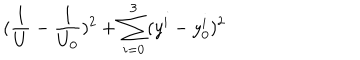
( \frac { 1 } { U } - \frac { 1 } { U _ { 0 } } ) ^ { 2 } + \sum _ { i = 0 } ^ { 3 } ( y ^ { i } - y _ { 0 } ^ { i } ) ^ { 2 }